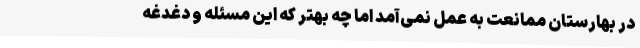
در بهارستان ممانعت به عمل نمی‌آمد اما چه بهتر که این مسئله و دغدغه